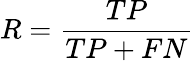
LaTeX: R={\frac{TP}{TP+FN}}